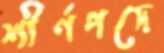
শীর্ণপদে